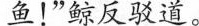
鱼！”鲸反驳道 。